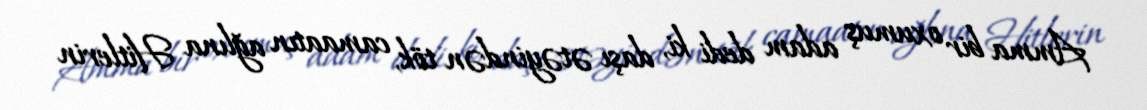
Amma bir oxumuş adam dedi ki, daşı ətəyindən tök, camaatın ağlına Hitlerin